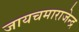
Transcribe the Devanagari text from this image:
जायचमाराजेन्द्र